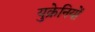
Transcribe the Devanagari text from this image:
युक्रेनियों